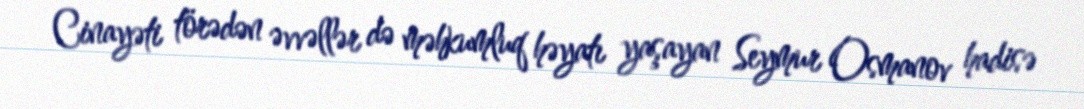
Cinayəti törədən əvvəllər də məhkumluq həyatı yaşayan Seymur Osmanov hadisə